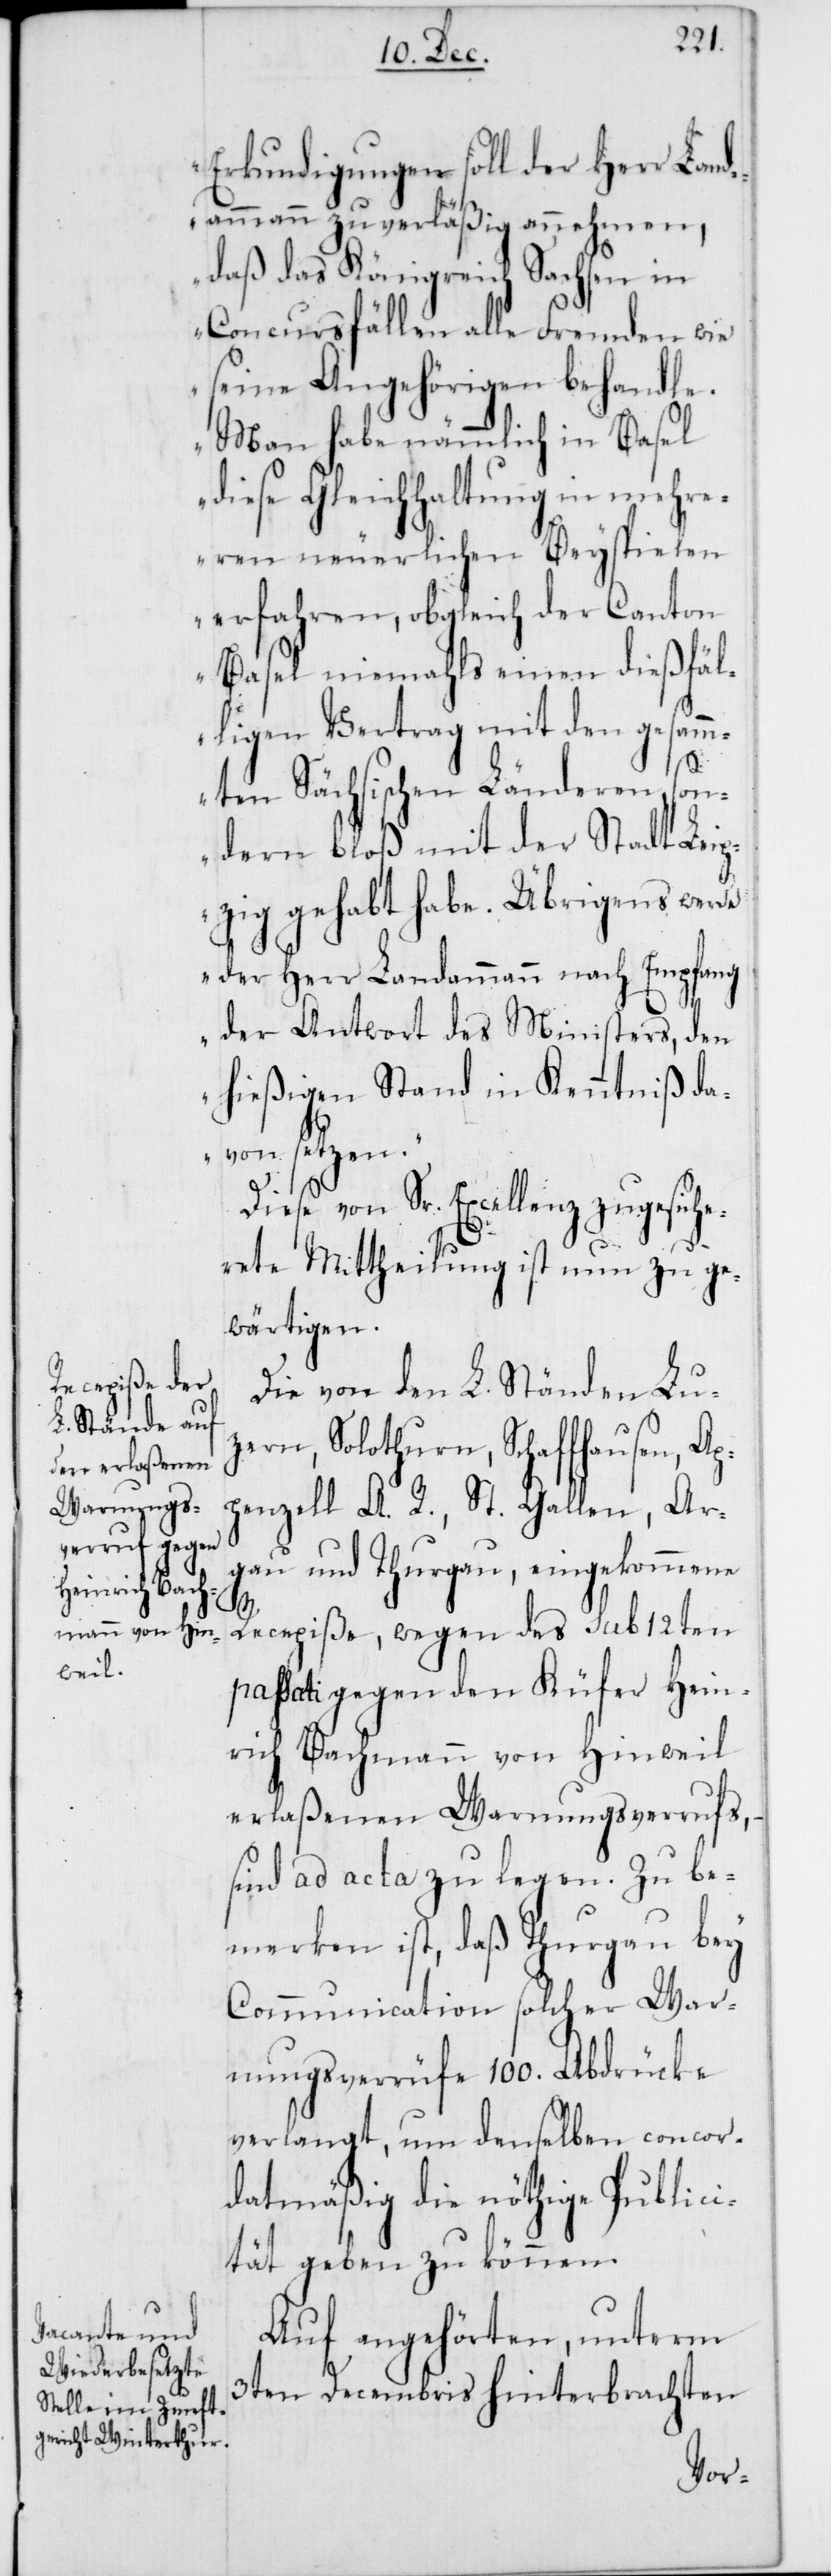
Erkundigungen soll der Herr Land¬
ammann zuverläßig annehmen,
daß das Königreich Sachsen in
Concursfällen alle Fremden wie
seine Angehörigen behandle.
Man habe nämmlich in Basel
diese Geichhaltung in mehr¬
eren neuerlichen Beyspielen
erfahren, obgleich der Canton
Basel niemahls einen dießfäl¬
ligen Vertrag mit den gesamm¬
ten Sächsichen Länderen, son¬
dern bloß mit der Stadt Leip¬
zig gehabt habe. Übrigens werde
der Herr Landammann nach Empfang
der Antwort des Ministers, den
hießigen Stand in Kenntniß da¬
von setzen.“
Diese von Sr. Excellenz zugesiche¬
rete Mittheilung ist nun zu ge¬
wärtigen.
Die von den L. Ständen Lu¬
zern, Solothurn, Schaffhausen, Ap¬
penzell A. R., St. Gallen, Ar¬
gau und Thurgau eingekommene
Recepiße, wegen des sub 12ten
passati gegen den Küfer Hein¬
rich Bachmann von Hinweil
erlaßenen Warnungsverrufs, –
sind ad acta zu legen. Zu be¬
merken ist, daß Thurgau bey
Communication solcher War¬
nungsverrüfe 100. Abdrücke
verlangt, um denselben concor¬
datmäßig die nöthige Publici¬
tät geben zu können.
Auf angehörten, unterm
3ten Decembris hinterbrachten